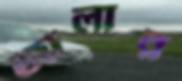
জালার